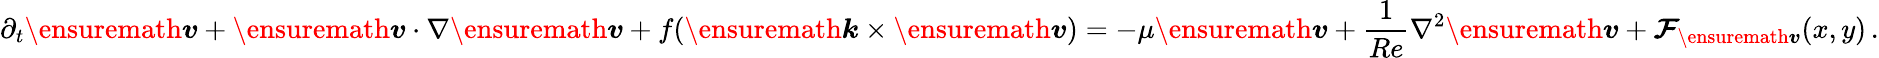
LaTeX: \partial_{t}\ensuremath{\boldsymbol{v}}+\ensuremath{\boldsymbol{v}}\cdot\nabla\ensuremath{\boldsymbol{v}}+f(\ensuremath{\boldsymbol{k}}\times\ensuremath{\boldsymbol{v}})=-\mu\ensuremath{\boldsymbol{v}}+\frac{1}{Re}\nabla^{2}\ensuremath{\boldsymbol{v}}+\mathcal{\boldsymbol{F}}_{\ensuremath{\boldsymbol{v}}}(x,y)\, .